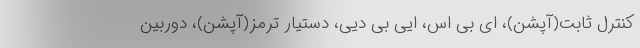
کنترل ثابت(آپشن)، ای بی اس، ایی بی دیی، دستیار ترمز(آپشن)، دوربین